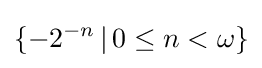
\{-2^{-n}\,|\,0\leq n<\omega \}